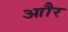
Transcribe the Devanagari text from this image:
आौर